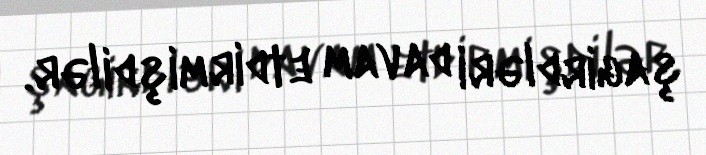
şagirdləri davam etdirmişdilər.